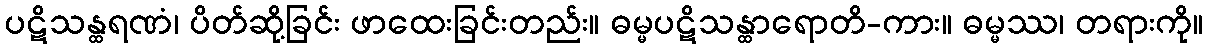
ပဋိသန္ထရဏံ၊ ပိတ်ဆို့ခြင်း ဖာထေးခြင်းတည်း။ ဓမ္မပဋိသန္ထာရောတိ-ကား။ ဓမ္မဿ၊ တရားကို။